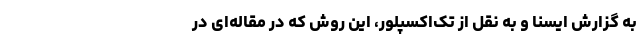
به گزارش ایسنا و به نقل از تک‌اکسپلور، این روش که در مقاله‌ای در